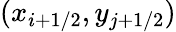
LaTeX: (x_{i+1/2},y_{j+1/2})